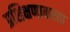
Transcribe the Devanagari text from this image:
प्रशिक्षणाकरता